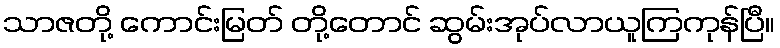
သာဇတို့ ကောင်းမြတ် တို့တောင် ဆွမ်းအုပ်လာယူကြကုန်ပြီ။